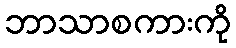
ဘာသာစကားကို